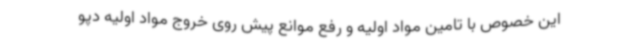
این خصوص با تامین مواد اولیه و رفع موانع پیش روی خروج مواد اولیه دپو